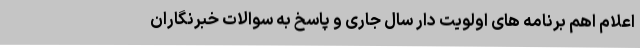
اعلام اهم برنامه های اولویت دار سال جاری و پاسخ به سوالات خبرنگاران